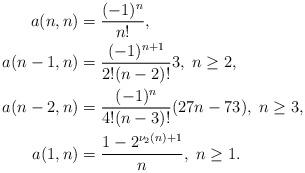
LaTeX: \begin{align*}a(n,n)&=\frac{(-1)^{n}}{n!},\\a(n-1,n)&=\frac{(-1)^{n+1}}{2!(n-2)!}3,\;n\geq 2,\\a(n-2,n)&=\frac{(-1)^{n}}{4!(n-3)!}(27n-73),\;n \geq 3,\\a(1,n)&=\frac{1-2^{\nu_{2}(n)+1}}{n},\;n\geq 1.\\\end{align*}